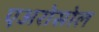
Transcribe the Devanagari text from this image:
एअरोसोल